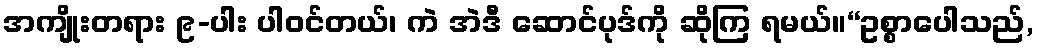
အကျိုးတရား ၉-ပါး ပါဝင်တယ်၊ ကဲ အဲဒီ ဆောင်ပုဒ်ကို ဆိုကြ ရမယ်။“ဥစ္စာပေါသည်,